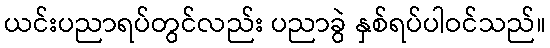
ယင်းပညာရပ်တွင်လည်း ပညာခွဲ နှစ်ရပ်ပါဝင်သည်။